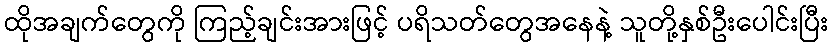
ထိုအချက်တွေကို ကြည့်ချင်းအားဖြင့် ပရိသတ်တွေအနေနဲ့ သူတို့နှစ်ဦးပေါင်းပြီး